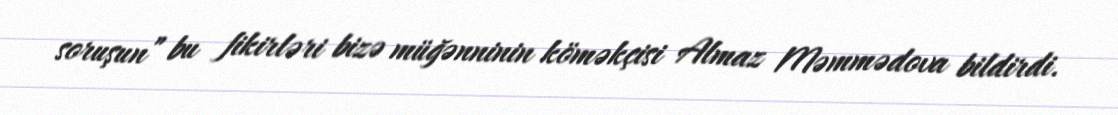
soruşun” bu fikirləri bizə müğənninin köməkçisi Almaz Məmmədova bildirdi.